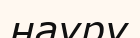
науру